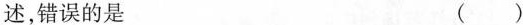
述，错误的是 ()